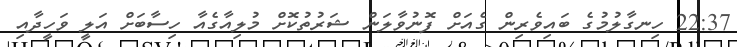
22:37 ހިނގާލުމުގެ ބައިވެރިން ގެއަށް ފޮނުވާލަން ޝަރުތުކޮށް މުލިއާގެއާ ހިސާބަށް އަލީ ވަހީދާއި